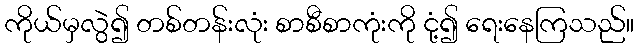
ကိုယ်မှလွဲ၍ တစ်တန်းလုံး စာစီစာကုံးကို ငုံ့၍ ရေးနေကြသည်။